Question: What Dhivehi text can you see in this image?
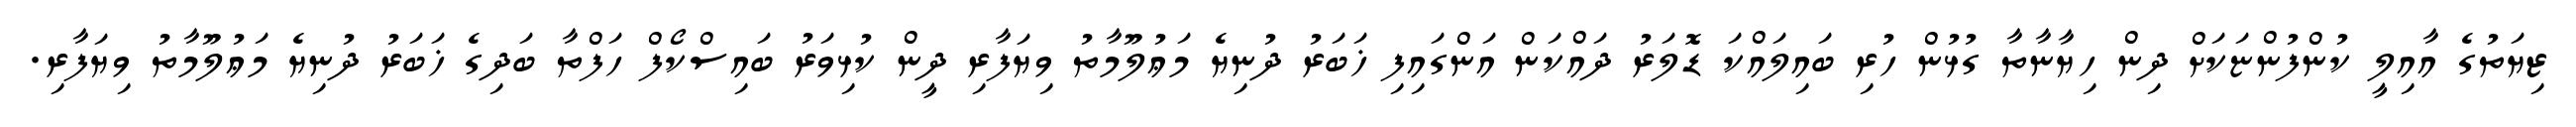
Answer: ޒިޔަތުގެ އާއިލީ ކުންފުންޏަކަށް ދިން ހިޔާނާތާ ގުޅުން ހުރި ބައިލައްކަ ޑޮލަރު ދައްކަން އަންގައިފި ޚަބަރު ދުނިޔެ މަޢުލޫމާތު ވިޔަފާރި ދީން ކުޅިވަރު ބައިސްކޯފް ހަފްތާ ބަދިގެ ޚަބަރު ދުނިޔެ މަޢުލޫމާތު ވިޔަފާރި.